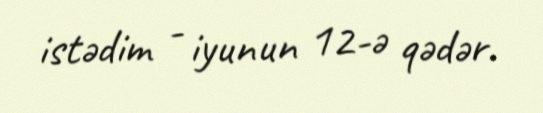
istədim - iyunun 12-ə qədər.